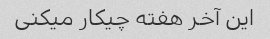
این آخر هفته چیکار میکنی